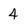
Character: 4